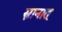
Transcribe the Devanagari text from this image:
स्नानात्